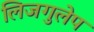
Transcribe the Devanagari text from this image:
लिजगुलेप